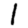
Digit: 1